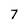
Character: 7